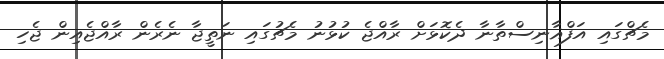
މެޗްގައި އަފްޣާނިސްތާނާ ދެކޮޅަށް ރާއްޖެ ކުޅުނު މެޗުގައި ނަތީޖާ ނެރެން ރާއްޖެއިން ޖެހި